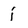
Character: j